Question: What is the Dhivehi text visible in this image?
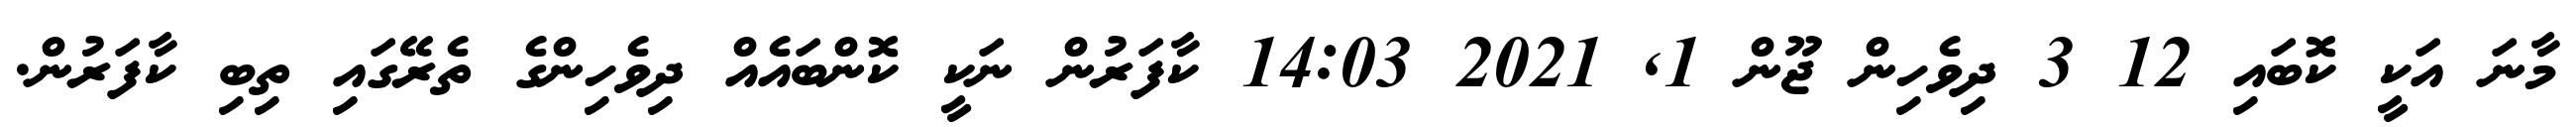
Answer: މާނަ އަކީ ކޮބައި 12 3 ދިވެހިން ޖޫން 1, 2021 14:03 ކާފަރުން ނަކީ ކޮންބައެއް ދިވެހިންގެ ތެރޭގައި ތިބި ކާފަރުން.